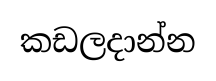
කඩලදාන්න